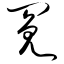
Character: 冤